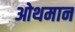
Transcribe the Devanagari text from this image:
ओथमान